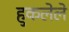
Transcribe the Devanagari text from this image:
हुकलेले